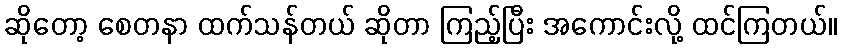
ဆိုတော့ စေတနာ ထက်သန်တယ် ဆိုတာ ကြည့်ပြီး အကောင်းလို့ ထင်ကြတယ်။